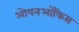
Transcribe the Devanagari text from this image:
ओपनऑफिस